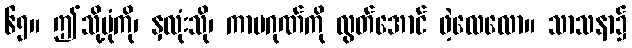
၆၅။ ဤသို့ပုံကို၊ နှလုံးသို၊ ကာမဂုဏ်ကို လွတ်အောင် ဖဲ့လေလော။ သာသနာ၌